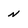
Character: N